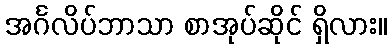
အင်္ဂလိပ်ဘာသာ စာအုပ်ဆိုင် ရှိလား။